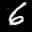
Label: 6